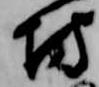
坊